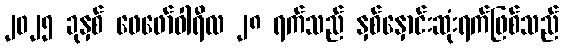
၂၀၂၅ ခုနှစ် ဖေဖော်ဝါရီလ ၂၈ ရက်သည် နှစ်နှောင်းဆုံးရက်ဖြစ်သည်